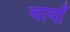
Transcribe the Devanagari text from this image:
वार्यां